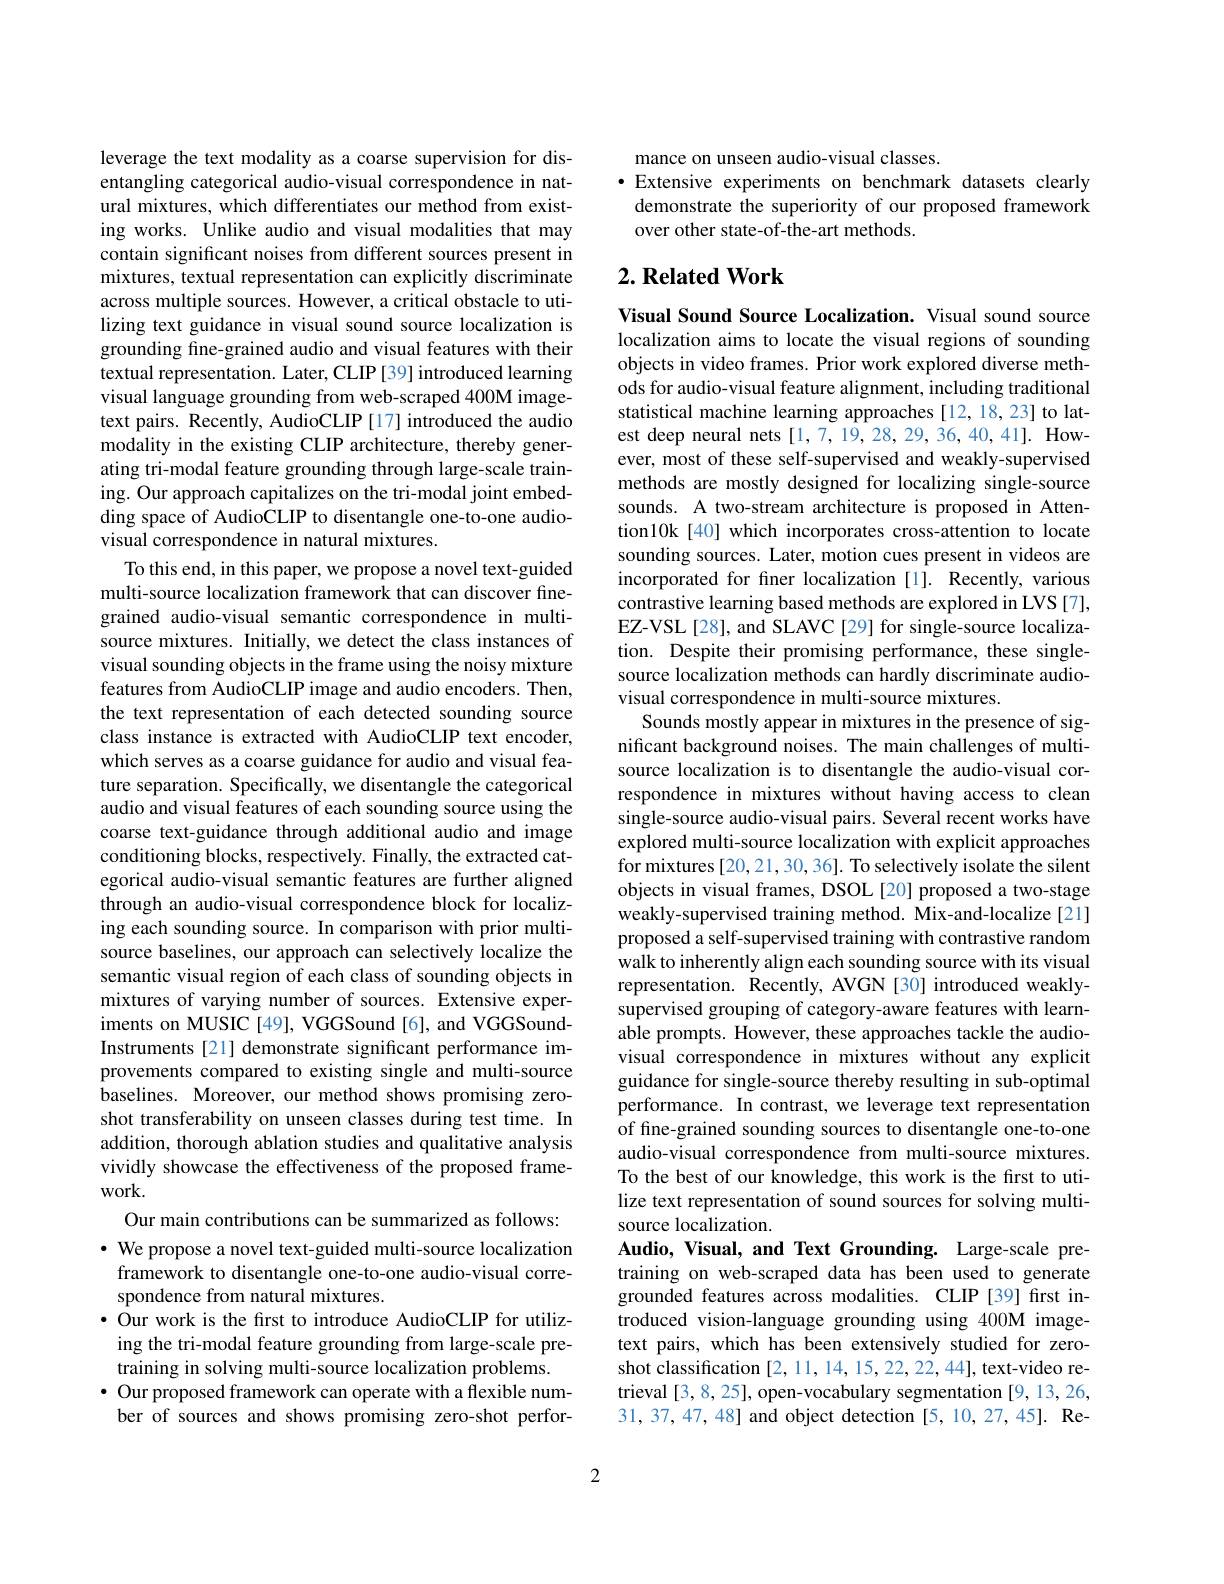
leverage the text modality as a coarse supervision for disentangling categorical audio-visual correspondence in natural mixtures, which differentiates our method from existing works. Unlike audio and visual modalities that may contain significant noises from different sources present in mixtures, textual representation can explicitly discriminate across multiple sources. However, a critical obstacle to utilizing text guidance in visual sound source localization is grounding fine-grained audio and visual features with their textual representation. Later, CLIP[39] introduced learning visual language grounding from web-scraped 400M imagetext pairs. Recently, AudioCLIP [17] introduced the audio modality in the existing CLIP architecture, thereby generating tri-modal feature grounding through large-scale training. Our approach capitalizes on the tri-modal joint embedding space of AudioCLIP to disentangle one-to-one audiovisual correspondence in natural mixtures.
To this end, in this paper, we propose a novel text-guided multi-source localization framework that can discover finegrained audio-visual semantic correspondence in multisource mixtures. Initially, we detect the class instances of visual sounding objects in the frame using the noisy mixture features from AudioCLIP image and audio encoders. Then, the text representation of each detected sounding source class instance is extracted with AudioCLIP text encoder, which serves as a coarse guidance for audio and visual feature separation. Specifically, we disentangle the categorical audio and visual features of each sounding source using the coarse text-guidance through additional audio and image conditioning blocks, respectively. Finally, the extracted categorical audio-visual semantic features are further aligned through an audio-visual correspondence block for localizing each sounding source. In comparison with prior multisource baselines, our approach can selectively localize the semantic visual region of each class of sounding objects in mixtures of varying number of sources. Extensive experiments on MUSIC [49], VGGSound [6], and VGGSoundInstruments [21] demonstrate significant performance improvements compared to existing single and multi-source baselines. Moreover, our method shows promising zeroshot transferability on unseen classes during test time. In addition, thorough ablation studies and qualitative analysis vividly showcase the effectiveness of the proposed framework.
Our main contributions can be summarized as follows: $\cdot$ We propose a novel text-guided multi-source localization framework to disentangle one-to-one audio-visual correspondence from natural mixtures.
· Our work is the frst to introduce AudioCLIP for utilizing the tri-modal feature grounding from large-scale pretraining in solving multi-source localization problems.
$\bullet$ Our proposed framework can operate with a flexible number of sources and shows promising zero-shot perfor-

mance on unseen audio-visual classes.
·Extensive experiments on benchmark datasets clearly demonstrate the superiority of our proposed framework over other state-of-the-art methods.

## $2. \textbf{Related Work}$

Visual Sound Source Localization. Visual sound source localization aims to locate the visual regions of sounding objects in video frames. Prior work explored diverse methods for audio-visual feature alignment, including traditional statistical machine learning approaches [12,18,23] to latest deep neural nets [1,7,19,28,29,36,40,41]. However, most of these self-supervised and weakly-supervised methods are mostly designed for localizing single-source sounds. A two-stream architecture is proposed in Attention10k[40] which incorporates cross-attention to locate sounding sources. Later, motion cues present in videos are incorporated for finer localization [1]. Recently, various contrastive learning based methods are explored in LVS [7], EZ-VSL[28], and SLAVC[29] for single-source localization. Despite their promising performance, these singlesource localization methods can hardly discriminate audiovisual correspondence in multi-source mixtures.
Sounds mostly appear in mixtures in the presence of significant background noises. The main challenges of multisource localization is to disentangle the audio-visual correspondence in mixtures without having access to clean single-source audio-visual pairs. Several recent works have explored multi-source localization with explicit approaches for mixtures[20,21,30,36]. To selectively isolate the silent objects in visual frames, DSOL[20] proposed a two-stage weakly-supervised training method. Mix-and-localize[21] proposed a self-supervised training with contrastive random walk to inherently align each sounding source with its visual representation. Recently, AVGN [30] introduced weaklysupervised grouping of category-aware features with learnable prompts. However, these approaches tackle the audiovisual correspondence in mixtures without any explicit guidance for single-source thereby resulting in sub-optimal performance. In contrast, we leverage text representation of fine-grained sounding sources to disentangle one-to-one audio-visual correspondence from multi-source mixtures. To the best of our knowledge, this work is the first to utilize text representation of sound sources for solving multisource localization.
Audio, Visual, and Text Grounding. Large-scale pretraining on web-scraped data has been used to generate grounded features across modalities. CLIP [39] first introduced vision-language grounding using 400M imagetext pairs, which has been extensively studied for zeroshot classification [2,11,14,15,22,22,44], text-video retrieval [3,8,25], open-vocabulary segmentation [9,13,26, 31,37,47,48] and object detection [5,10,27,45]. Re-

2